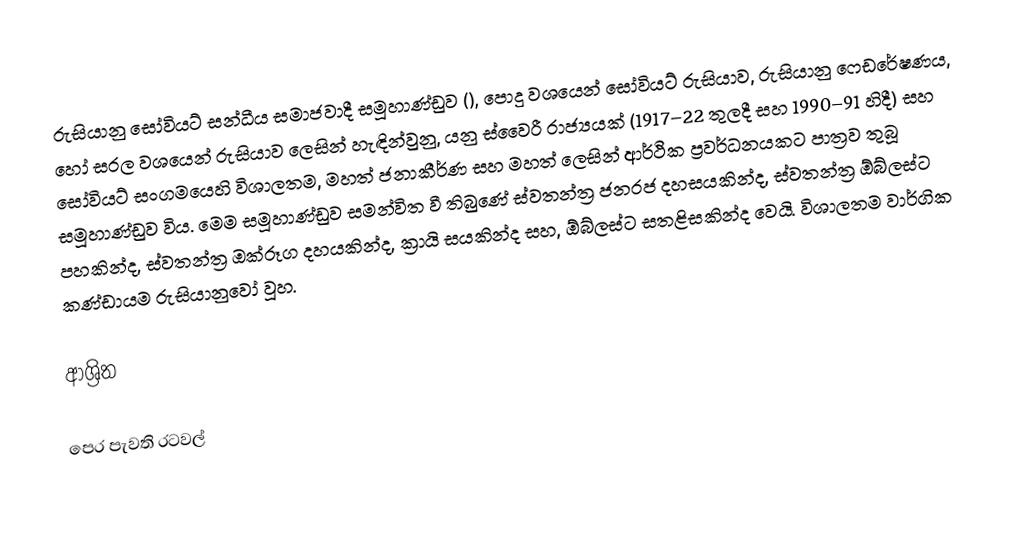
රුසියානු සෝවියට් සන්ධීය සමාජවාදී සමූහාණ්ඩුව (), පොදු වශයෙන්  සෝවියට් රුසියාව, රුසියානු ෆෙඩරේෂණය, හෝ සරල වශයෙන් රුසියාව ලෙසින් හැඳින්වුනු, යනු  ස්වෛරී රාජ්‍යයක් (1917–22 තුලදී සහ 1990–91 හිදී) සහ  සෝවියට් සංගමයෙහි විශාලතම, මහත් ජනාකීර්ණ සහ මහත් ලෙසින් ආර්ථික ප්‍රවර්ධනයකට පාත්‍රව තුබූ සමූහාණ්ඩුව විය. මෙම සමූහාණ්ඩුව සමන්විත වී තිබුණේ  ස්වතන්ත්‍ර ජනරජ දහසයකින්ද, ස්වතන්ත්‍ර ඕබ්ලස්ට පහකින්ද, ස්වතන්ත්‍ර ඔක්රූග දහයකින්ද, ක්‍රායි සයකින්ද සහ, ඕබ්ලස්ට සතළිසකින්ද වෙයි. විශාලතම වාර්ගික කණ්ඩායම රුසියානුවෝ වූහ.

ආශ්‍රිත

පෙර පැවති රටවල්